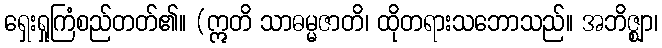
ရှေးရှုကြံစည်တတ်၏။ (ဣတိ သာဓမ္မဇာတိ၊ ထိုတရားသဘောသည်။ အဘိဇ္ဈာ၊